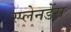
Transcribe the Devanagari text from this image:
स्प्लेनडेंस